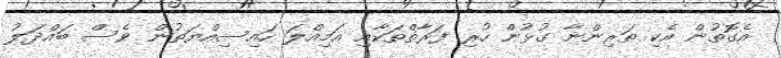
އެގޮތުން އެކި ތަރިންނާ ގުޅުން ހުރި ފަރާތްތަކާއި އަމިއްލަ ހައިސިއްޔަތުން ވެސް ބައްދަލު